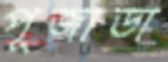
পূজাডা